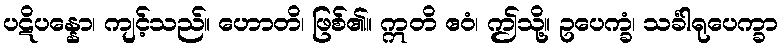
ပဋိပန္နော၊ ကျင့်သည်။ ဟောတိ၊ ဖြစ်၏။ ဣတိ ဧဝံ၊ ဤသို့။ ဥပေက္ခံ၊ သင်္ခါရုပေက္ခာ